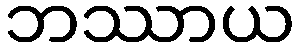
ဘဿာယ